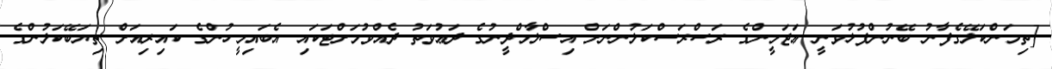
[ތިމަންކަލޭގެފާނު ބޭނުންފުޅުވަނީ ޢަޖަމީންގެ ރަސްރަސްކަލުންނަށް އިސްލާމްދީނުގެ ދަޢުވަތު ދެއްވުމަށްޓަކައި އެބައިމީހުންގެ ކައިރިއަށް ތިޔަބޭކަލުންގެ